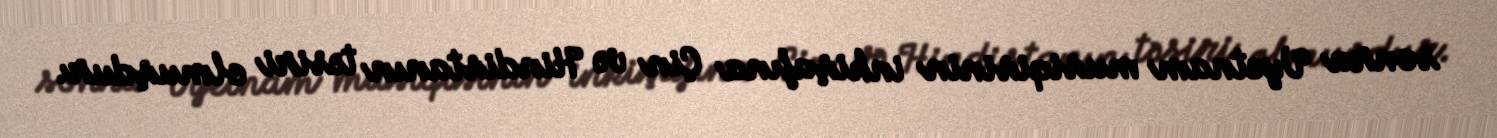
sonra Vyetnam musiqisinin inkişafına Çin və Hindistanın təsiri olmuşdur.